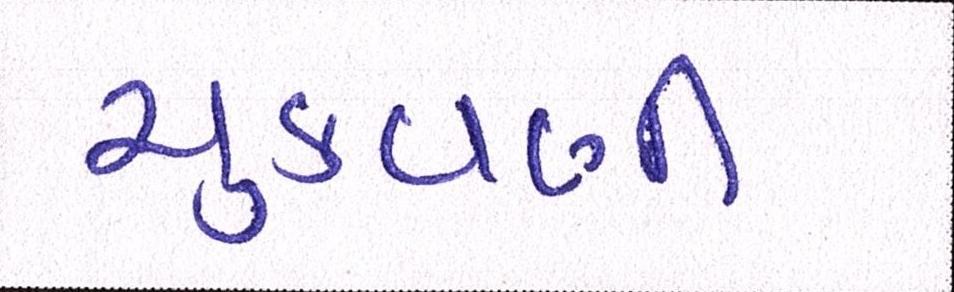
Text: ચુકવણી